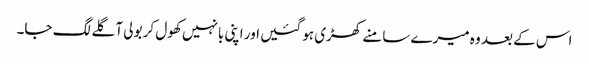
اس کے بعد وہ میرے سامنے کھڑی ہو گئیں اور اپنی بانہیں کھول کر بولی آ گلے لگ جا۔